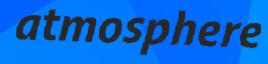
atmosphere